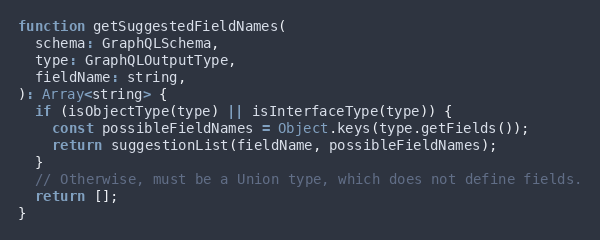
Language: JavaScript
function getSuggestedFieldNames(
  schema: GraphQLSchema,
  type: GraphQLOutputType,
  fieldName: string,
): Array<string> {
  if (isObjectType(type) || isInterfaceType(type)) {
    const possibleFieldNames = Object.keys(type.getFields());
    return suggestionList(fieldName, possibleFieldNames);
  }
  // Otherwise, must be a Union type, which does not define fields.
  return [];
}